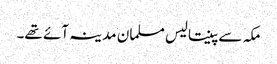
مکہ سے پینتالیس مسلمان مدینہ آئے تھے۔